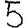
Digit: 5